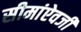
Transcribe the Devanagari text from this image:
सीमांऐवजी